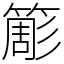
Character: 簓